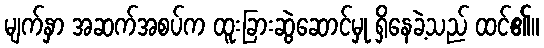
မျက်နှာ အဆက်အစပ်က ထူးခြားဆွဲဆောင်မှု ရှိနေခဲ့သည် ထင်၏။